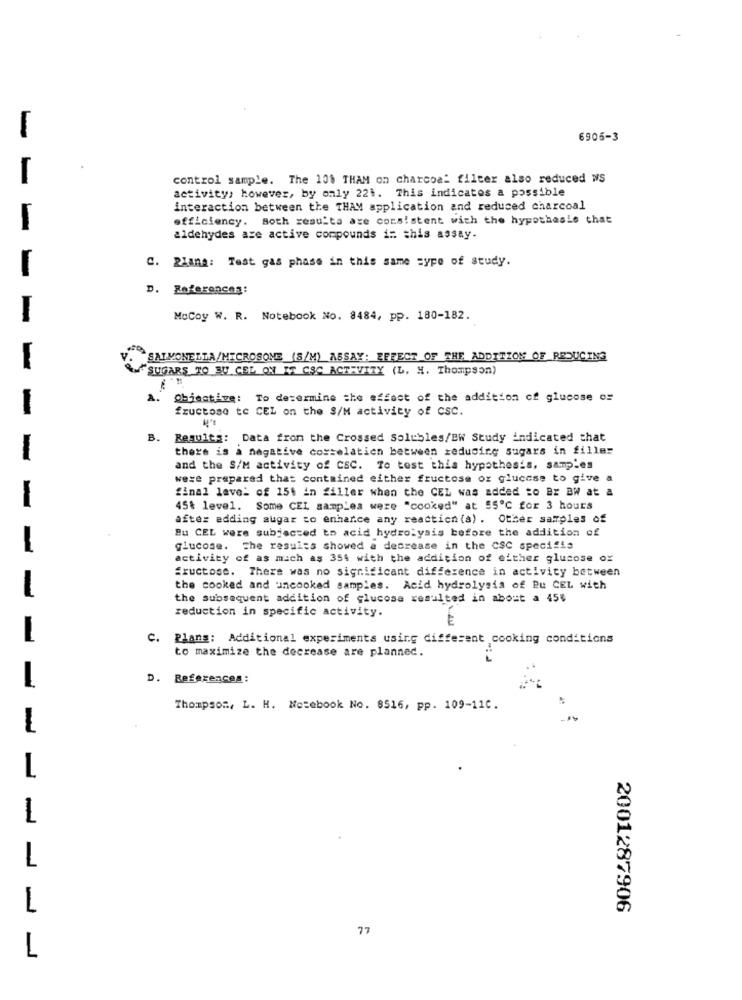
-
6905-3
control sample. The 10$ THAM on charcoal filter also reduced WS
activity, however, by only 221. This indicates a possible
interaction between the THAM application and reduced charcoal
efficiency. Both resulta are consistent with the hypothesis that
-
aldehydes ase active compounds is this assay.
C. Rlana: Test gas phase in this same type of study.
D. References:
-
MoCoy W. R. Notebook No. 8484, pp. 180-182.
SALMONELLA/MICROSOME (S/M) ASSAY: EFFECT OF THE ADDITION OF REDUCING
SUGARS TO BU CEL ON IT CSC ACTEVIZY (L. H. Thompson)
A.
Objective: To determine the effect of the addition of glucose os
fructose te CEL on the S/M activity of CSC.
B.
Results: Data from the Crossed Solubles/BW Study indicated that
there is a negative costelatien between reducing sugars in filler
and the S/M activity of CSC. To test this hypothesis, samples
were prepared that contained either fructose or glucose to give a
final level of 15% in filler when the CEL was added to Bx BW at a
45% level. Some CEL samples were "cooked" at 55℃ for 3 hours
after adding augar to enhance any reaction (a). Other samples of
Bu CEL were subjected to acid hydrolysis before the addition of
glucose. The results showed a decrease in the CSC specifis
activity of as much as 354 with the addition of either glucose ox
fructose. There was no significant difference in activity between
the cooked and uncooked samples. Acid hydrolysis of Pu CEL with
the subsequent addition of glucose resulted in about a 454
reduction in specific activity.
E
c.
Plans: Additional experiments using different cooking conditions
to maximize the decrease are planned.
D. References:
Thompson, L. H. Notebook No. 8516, pp. 109-11C.
-
2001287906
77
-